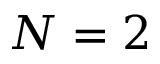
N = 2